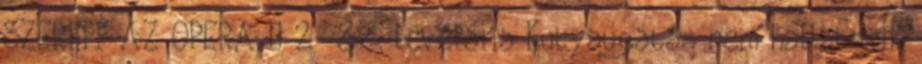
SZERINT AZ OPERA – 2 87. levélária Kutyaugatás nem hallatszik